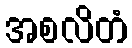
အစလိတံ